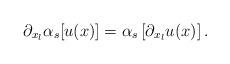
LaTeX: \begin{align*} \partial_{x_l} \alpha_s[u(x)] = \alpha_s\left[ \partial_{x_l} u(x)\right] . \end{align*}